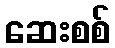
ဆေးစစ်